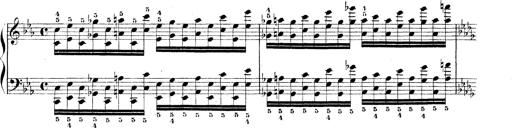
Title: Technische Studien
Composer: Franz Liszt